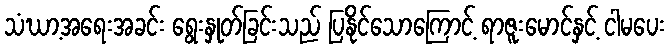
သံဃာ့အရေးအခင်း ရွေးနှုတ်ခြင်းသည် ပြနိုင်သောကြောင့် ရာဇူးမောင်နှင့် ငါမပေး